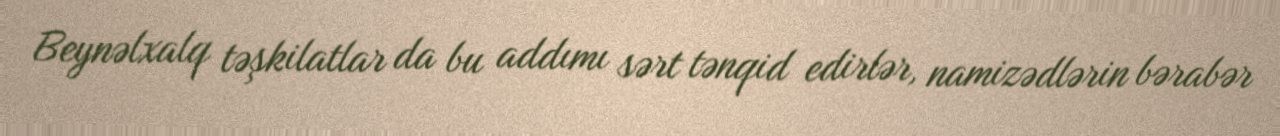
Beynəlxalq təşkilatlar da bu addımı sərt tənqid edirlər, namizədlərin bərabər